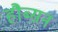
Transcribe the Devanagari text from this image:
हौब्सन